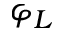
\varphi _ { L }